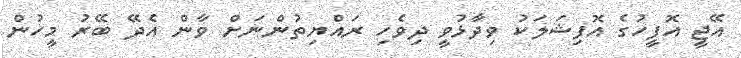
އޭޖީ އޮފީހުގެ އޮފިޝަލަކު ވިދާޅުވީ ދިވެހި ރައްޔިތުންނަށް ވާން އެދޭ ބޭރު މީހުން